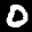
Label: 0